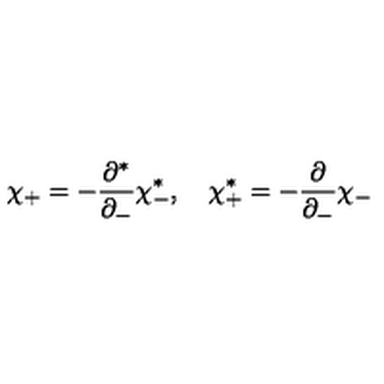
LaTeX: \chi _ { + } = - \frac { \partial ^ { * } } { \partial _ { - } } \chi _ { - } ^ { * } , \quad \chi _ { + } ^ { * } = - \frac { \partial } { \partial _ { - } } \chi _ { - }